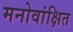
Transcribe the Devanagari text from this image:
मनोवांक्षित